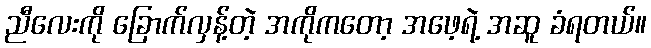
ညီလေးကို ခြောက်လှန့်တဲ့ အကိုကတော့ အဖေ့ရဲ့ အဆူ ခံရတယ်။